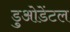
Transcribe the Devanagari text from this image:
डुओडेंटल